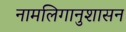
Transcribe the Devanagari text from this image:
नामलिगानुशासन